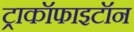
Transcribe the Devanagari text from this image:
ट्राकॉफाइटॉन